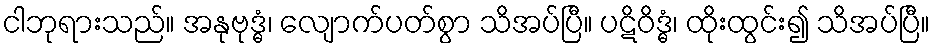
ငါဘုရားသည်။ အနုဗုဒ္ဓံ၊ လျောက်ပတ်စွာ သိအပ်ပြီ။ ပဋိဝိဒ္ဓံ၊ ထိုးထွင်း၍ သိအပ်ပြီ။